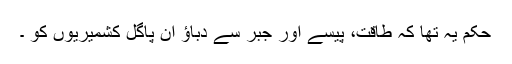
حکم یہ تھا کہ طاقت، پیسے اور جبر سے دباؤ ان پاگل کشمیریوں کو ۔